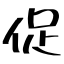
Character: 促